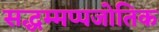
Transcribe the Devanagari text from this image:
सद्धम्मप्पजोतिक